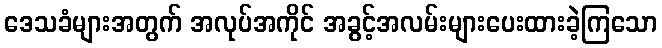
ဒေသခံများအတွက် အလုပ်အကိုင် အခွင့်အလမ်းများပေးထားခဲ့ကြသော